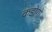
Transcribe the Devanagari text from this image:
कडोगो